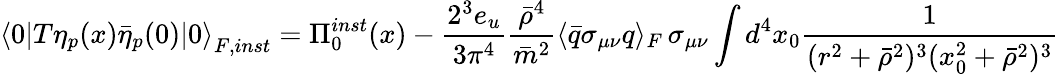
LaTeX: {\langle 0|T\eta_{p}(x)\bar{\eta}_{p}(0)|0\rangle}_{F,inst}=\Pi_{0}^{inst}(x)-\frac{2^{3}e_{u}}{3\pi^{4}}\frac{\bar{\rho}^{4}}{\bar{m}^{2}}\langle\bar{q}\sigma_{\mu\nu}q\rangle_{F}\, \sigma_{\mu\nu}\int d^{4}x_{0}\frac{1}{(r^{2}+\bar{\rho}^{2})^{3}(x_{0}^{2}+\bar{\rho}^{2})^{3}}